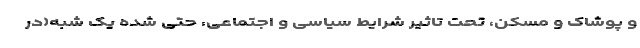
و پوشاک و مسکن، تحت تاثیر شرایط سیاسی و اجتماعی، حتی شده یک شبه(در